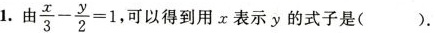
1.由 \frac{x}{3}- \frac{y}{2}=1 可以得到用x表示y的式子是( ).